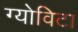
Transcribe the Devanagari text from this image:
ग्योविटा